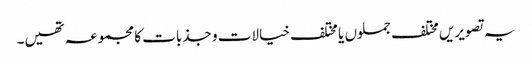
یہ تصویریں مختلف جملوں یا مختلف خیالات و جذبات کا مجموعہ تھیں۔